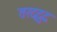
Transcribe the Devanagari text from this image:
तरद्दुद